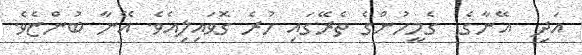
އަދި  އޭނާގެ  ގެމީހުންގެ ތެރޭގައި ހުރެ ގޮވައިލިއެވެ. އޭނާ ބުންޏެވެ.